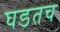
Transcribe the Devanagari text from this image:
घडतच